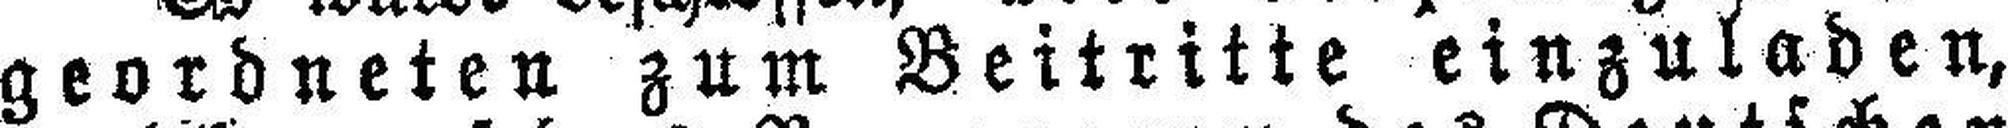
geordneten zum Beitritte einzuladen,